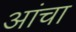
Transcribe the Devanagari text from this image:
आंचा